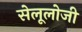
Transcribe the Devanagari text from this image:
सेलूलोजी